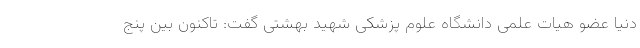
دنیا عضو هیات علمی دانشگاه علوم پزشکی شهید بهشتی گفت: تاکنون بین پنج